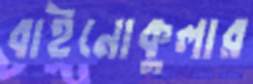
বাইনোকুলার